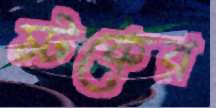
স্টকের